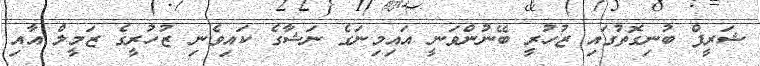
ޝަރީފް ބުނިގޮތުގައި ޒުހުރީ ބޭނުންވަނީ އައިމިނަގެ ނަޝާގެ ކައިވެނި ޒުހުރީގެ ޒަމީލް އާއި